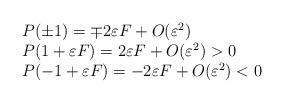
LaTeX: \begin{align*} \begin{array}{l} P(\pm 1)=\mp 2\varepsilon F+O(\varepsilon^2)\\ P(1+\varepsilon F)=2\varepsilon F+O(\varepsilon^2)>0\\ P(-1+\varepsilon F)=-2\varepsilon F+O(\varepsilon^2)<0 \end{array} \end{align*}